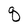
Character: q